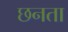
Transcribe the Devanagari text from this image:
छनता